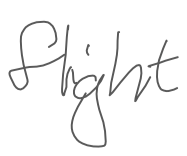
Text: flight
Cross-out: clean
Writing tool: digital_gray